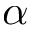
\alpha